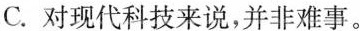
C.对现代科技来说，并非难事。